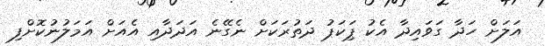
އަލަށް ހަދާ ގަވައިދާ އެކު ޕިަކަޕު ދަތުރަކަށް ނެގޭނެ އަދަދާއި އެއަށް އަމަލުނުކޮށްފި